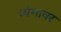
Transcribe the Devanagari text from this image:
व्यंगावर